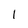
Character: I